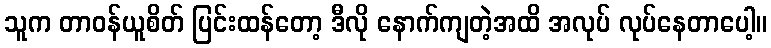
သူက တာဝန်ယူစိတ် ပြင်းထန်တော့ ဒီလို နောက်ကျတဲ့အထိ အလုပ် လုပ်နေတာပေါ့။